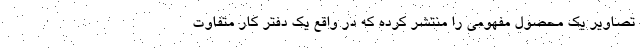
تصاویر یک محصول مفهومی را منتشر کرده که در واقع یک دفتر کار متفاوت